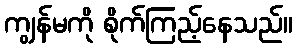
ကျွန်မကို စိုက်ကြည့်နေသည်။